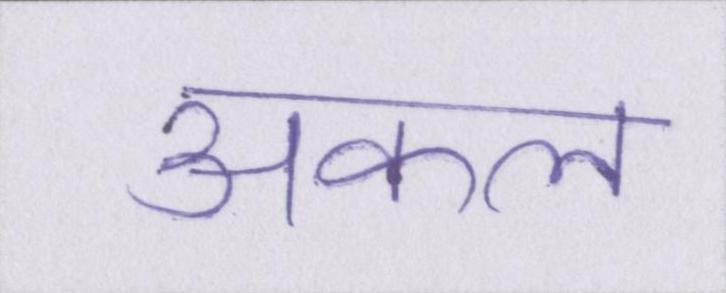
अकल